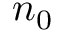
n _ { 0 }